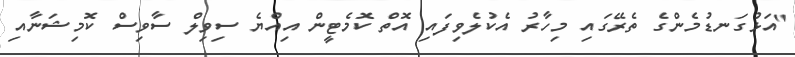
"އަޅުގަނޑުމެންގެ ތެރޭގައި މިހާރު އެކުލެވިފައި އޮތް ކޮމެޓީން އިއްޔެ ސިވިލް ސާވިސް ކޮމިޝަނާއި